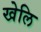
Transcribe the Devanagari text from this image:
खेलि